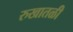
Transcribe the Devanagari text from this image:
रुखातळी